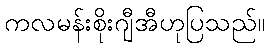
ကလမန်းစိုးဂျီအီဟုပြသည်။